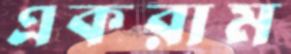
একরাম